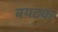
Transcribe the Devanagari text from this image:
बयटक